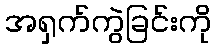
အရှက်ကွဲခြင်းကို